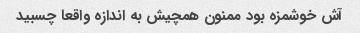
آش خوشمزه بود ممنون همچیش به اندازه واقعا چسبید